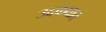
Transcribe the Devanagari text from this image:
उदकघात